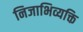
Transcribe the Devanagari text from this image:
निजाभिव्यक्ति